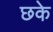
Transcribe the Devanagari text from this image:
छके